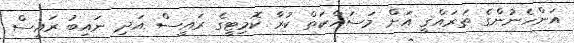
އަންހެނުންގެ ތަރައްޤީ އަށް މަސައްކަތް ކުރާ ކޮމިޓީގެ ރައީސް އަދި ނައިބު ރައީސް